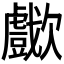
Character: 𣤴